Vaccination in Burma 1889-1999 - 1889-1999
Year: 1889
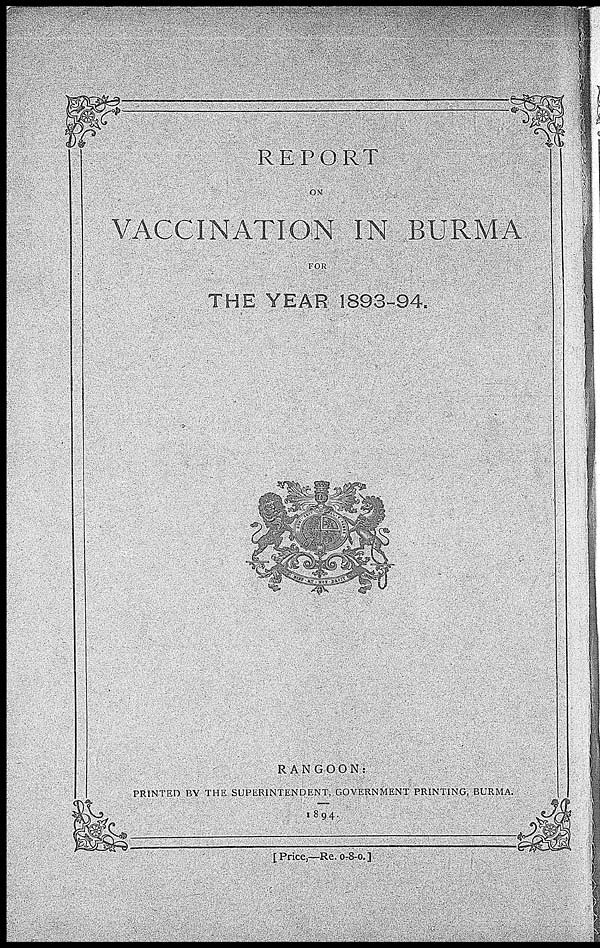
REPORT
ON
VACCINATION IN BURMA
FOR
THE YEAR 1893-94.
RANGOON:
PRINTED BY THE SUPERINTENDENT, GOVERNMENT PRINTING, BURMA.
1894.
[Price,—Re. 0-8-0.]